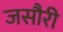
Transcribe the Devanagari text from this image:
जसौरी